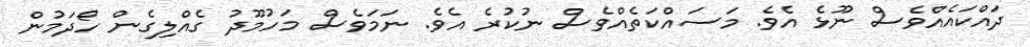
ދައްކައެއްވެސް ނޫޅެ އެވެ. މަސައްކަތެއްވެސް ނުކުރެ އެވެ. ނަމަވެސް މަހުމޫދު ގެއްލިގެން ހޯދަމުން